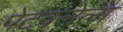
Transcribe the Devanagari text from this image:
पेटवलेला